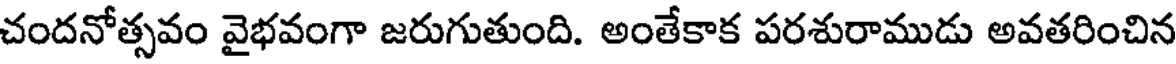
చందనోత్సవం వైభవంగా జరుగుతుంది. అంతేకాక పరశురాముడు అవతరించిన